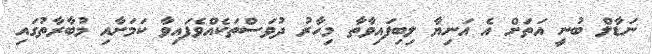
ނަޑާލް ބުނީ އަތަށް އެ އަނިޔާ ލިބިފައިވާތާ މިހާރު ދުވަސްތަކެއްވެފައިވާ ކަމަށާއި މުބާރާތުގައި